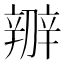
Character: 辧